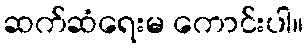
ဆက်ဆံရေးမ ကောင်းပါ။